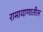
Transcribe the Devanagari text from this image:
रामायाणातील